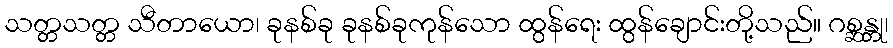
သတ္တသတ္တ သီတာယော၊ ခုနစ်ခု ခုနစ်ခုကုန်သော ထွန်ရေး ထွန်ချောင်းတို့သည်။ ဂစ္ဆန္တု၊